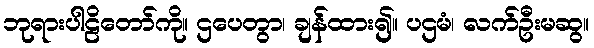
ဘုရားပါဠိတော်ကို။ ဌပေတွာ၊ ချန်ထား၍။ ပဌမံ၊ လက်ဦးမဆွ။